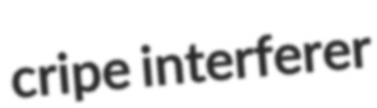
cripe interferer